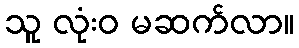
သူ လုံးဝ မဆက်လာ။